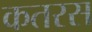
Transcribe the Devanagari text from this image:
कतरस